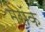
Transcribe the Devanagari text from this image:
मेरॉक